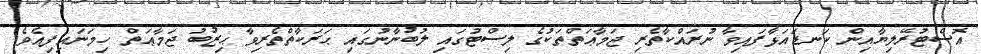
އޮސްޓުރޭލިޔާއިން ކަނޑައަޅާފައިވާ ނުރައްކާތެރި ޖަމާޢަތްތަކުގެ ލިސްޓުގައި ލުބުނާނުގައި ޙަރަކާތްތެރިވާ ޙިޒުބު ޖަމާޢަތް ހިމަނައިފިއެވެ.